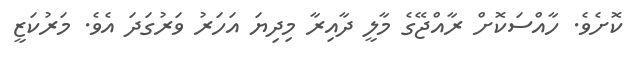
ކޮށެވެ. ހާއްސަކޮށް ރާއްޖޭގެ މާލީ ދާއިރާ މިދިޔަ އަހަރު ވަރުގަދަ އެވެ. މަރުކަޒީ